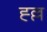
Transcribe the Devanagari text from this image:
ह्ल्ल